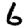
Digit: 6